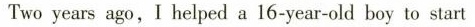
Two years ago, I helped a 16-year-old boy to start